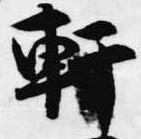
軒